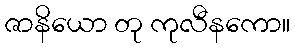
ဇာနိယော တု ကုလီနကော။